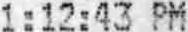
1:12:43 PM